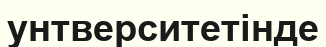
унтверситетінде